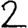
Digit: 2